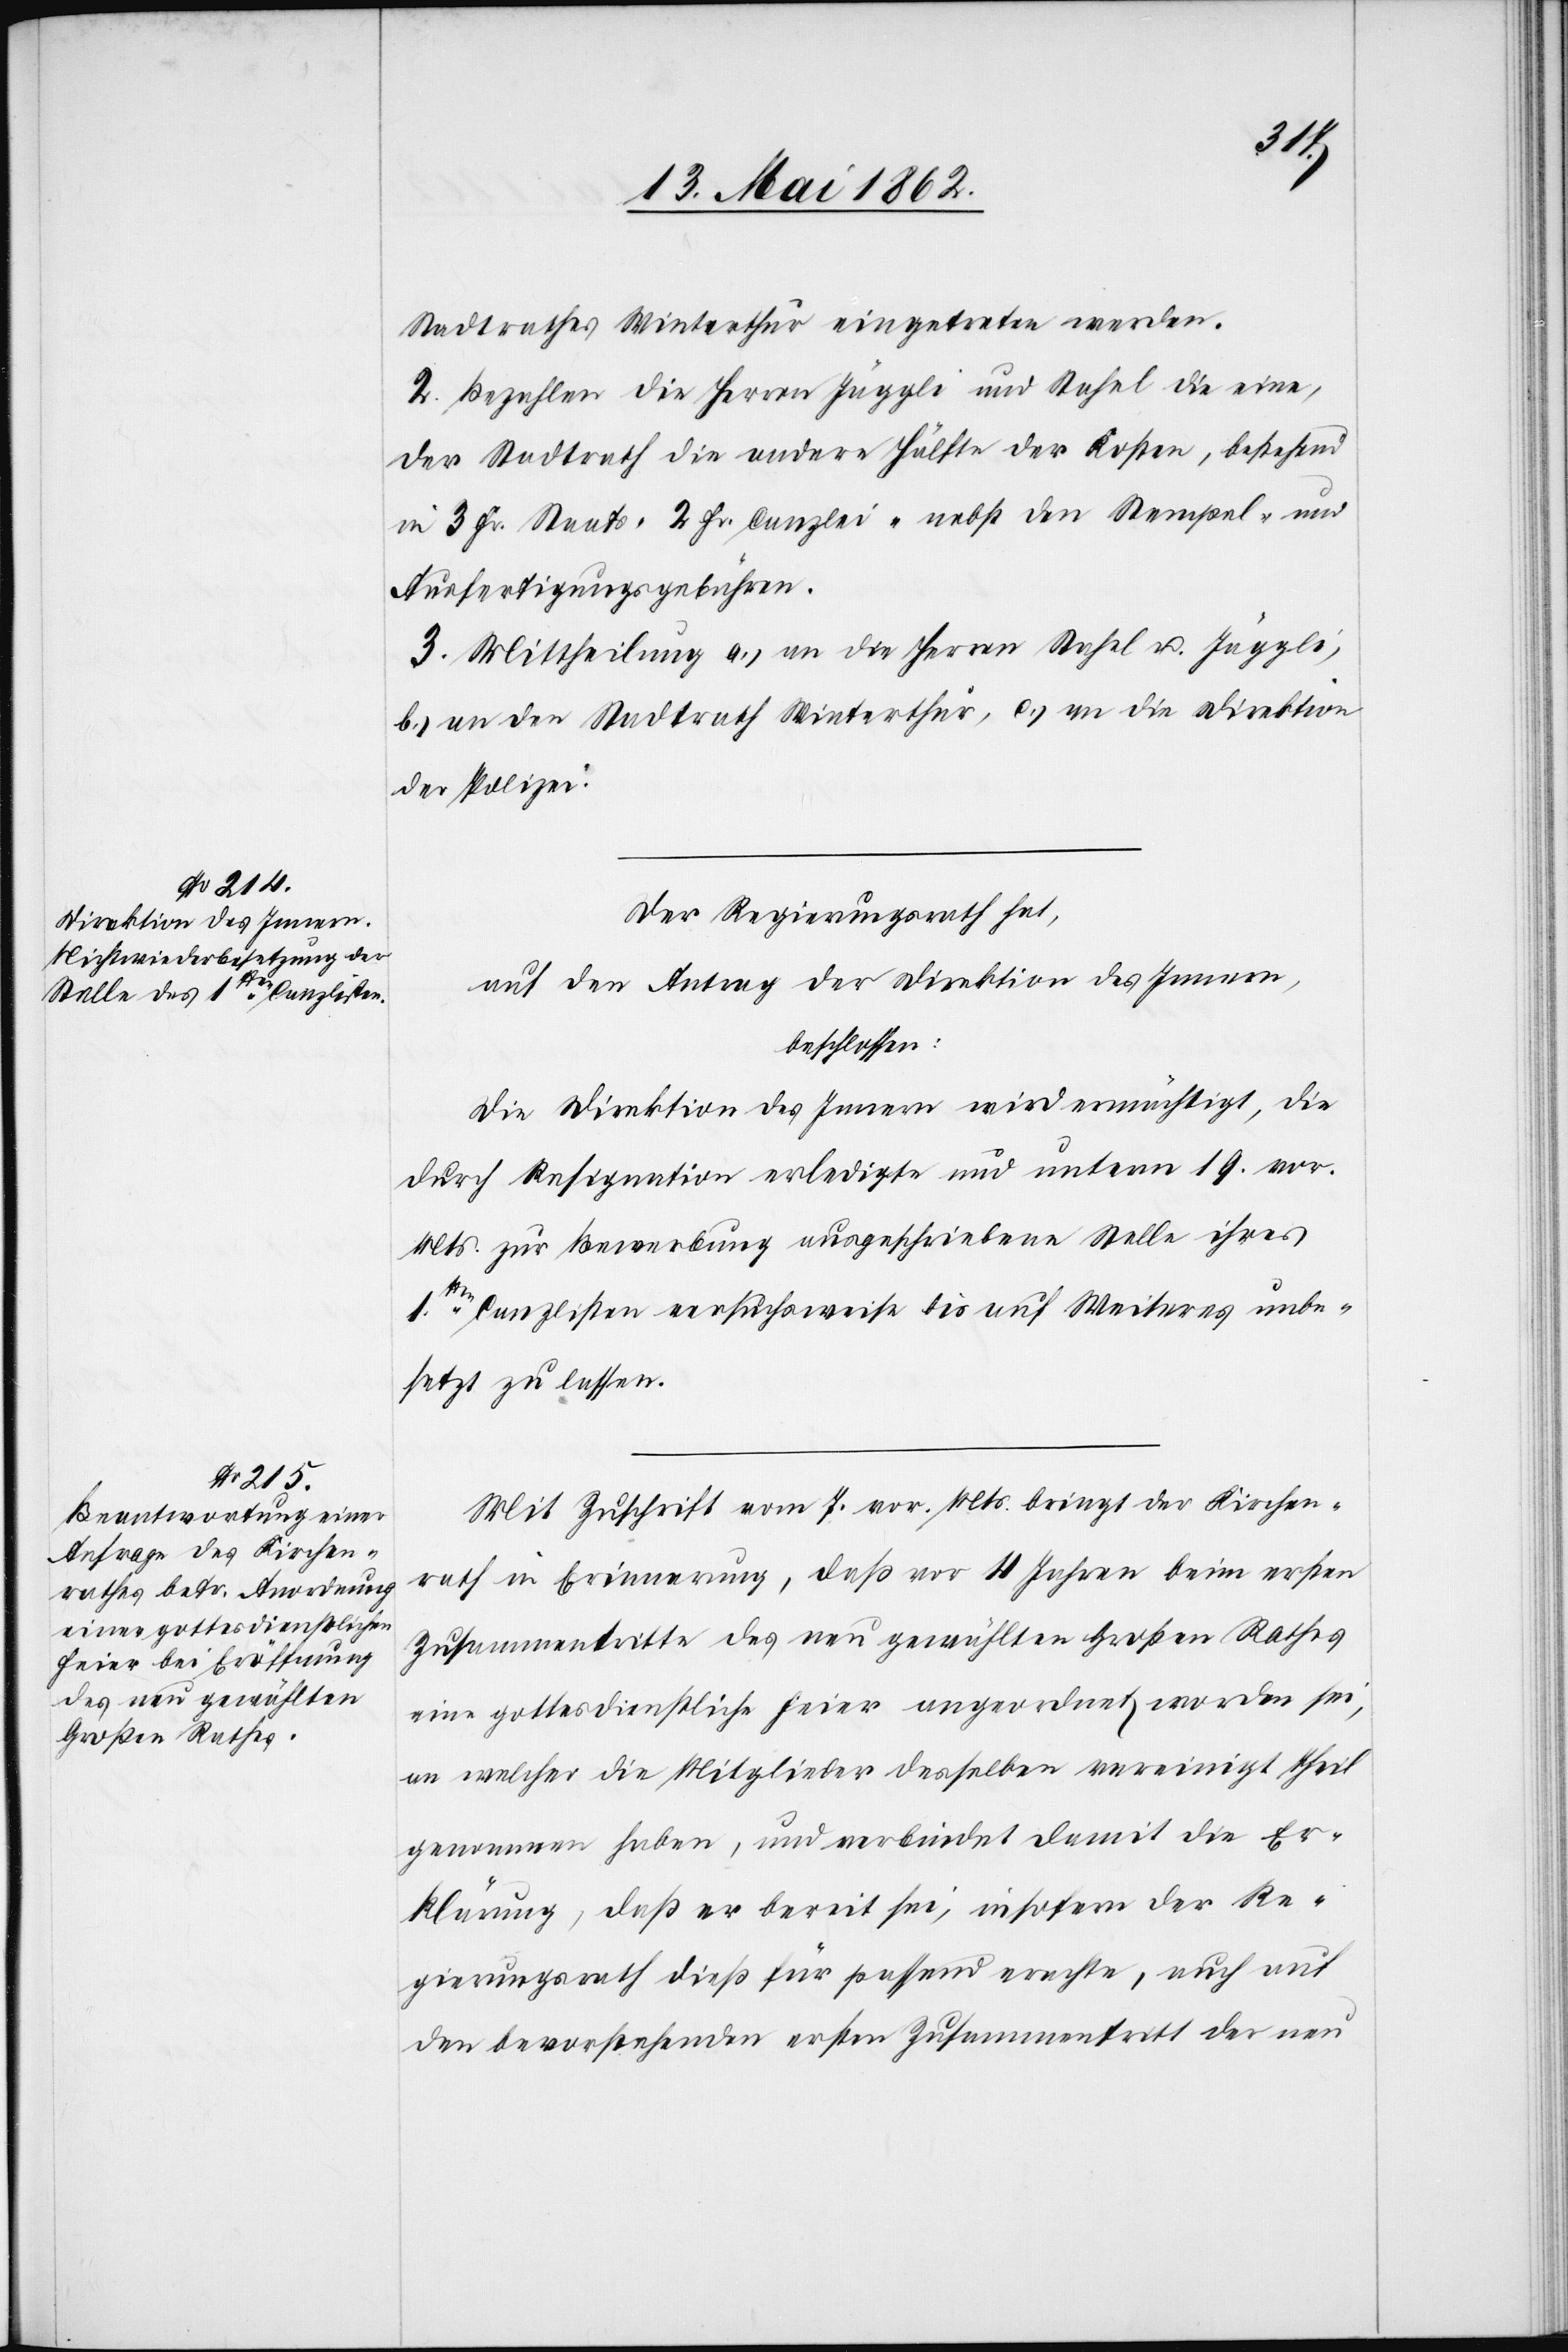
Stadtrathes Winterthur eingetreten werden.
2. Bezahlen die Herren Jäggli und Stahel die eine,
der Stadtrath die andere Hälfte der Kosten, bestehend
in 3 Fr. Staats-[,] 2 Fr. Canzlei- nebst den Stempel- und
Ausfertigungsgebühren.
3. Mittheilung a) an die Herren Stahel u. Jäggli,
b) an den Stadtrath Winterthur, c) an die Direktion
der Polizei.
Der Regierungsrath hat,
auf den Antrag der Direktion des Innern,
beschlossen:
Die Direktion des Innern wird ermächtigt, die
durch Resignation erledigte und unterm 19. vor.
Mts. zur Bewerbung ausgeschriebene Stelle ihres
1ten Canzlisten versuchsweise bis auf Weiteres unbe¬
setzt zu lassen.
Mit Zuschrift vom 7. vor. Mts. bringt der Kirchen¬
rath in Erinnerung, daß vor 4 Jahren beim ersten
Zusammentritte des neu gewählten Großen Rathes
eine gottesdienstliche Feier angeordnet worden sei,
an welcher die Mitglieder desselben vereinigt theil
genommen haben, und verbindet damit die Er¬
klärung, daß er bereit sei, insofern der Re¬
gierungsrath dieß für passend erachte, auch auf
den bevorstehenden ersten Zusammentritt der neu